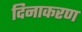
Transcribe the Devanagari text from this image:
दिनाकरण